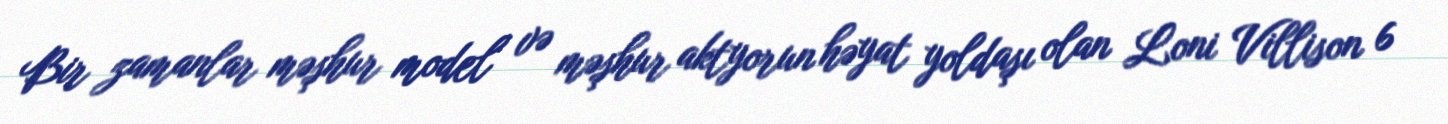
Bir zamanlar məşhur model və məşhur aktyorun həyat yoldaşı olan Loni Villison 6